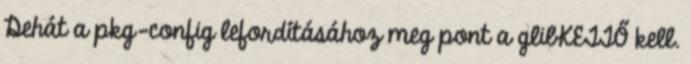
Dehát a pkg-config lefordításához meg pont a glibKETTŐ kell.